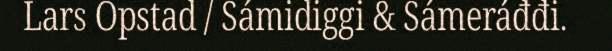
Lars Opstad / Sámidiggi & Sámeráđđi.